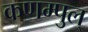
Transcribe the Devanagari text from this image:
कणम्पुल्